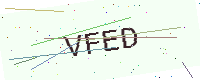
Text: VFED